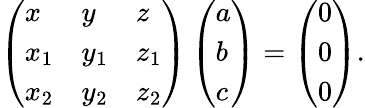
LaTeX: \left({\begin{array}{lll}{x}&{y}&{z}\\ {x_{1}}&{y_{1}}&{z_{1}}\\ {x_{2}}&{y_{2}}&{z_{2}}\end{array}}\right)\left({\begin{array}{l}{a}\\ {b}\\ {c}\end{array}}\right)=\left({\begin{array}{l}{0}\\ {0}\\ {0}\end{array}}\right).